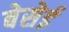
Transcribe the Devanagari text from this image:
बेसेई